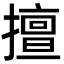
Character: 擅